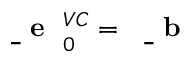
\mathrm { ~ \bf ~ \underline { ~ } { ~ e ~ } ~ } _ { 0 } ^ { V C } = \mathrm { ~ \bf ~ \underline { ~ } { ~ b ~ } ~ }